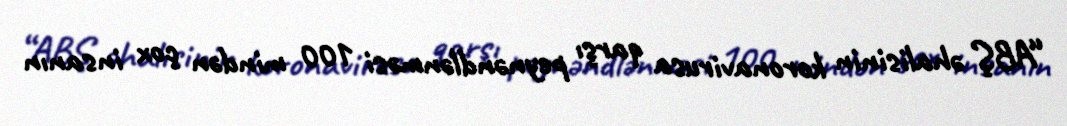
“ABŞ əhalisinin koronavirusa qarşı peynəndlənməsi 100 mindən çox insanın